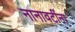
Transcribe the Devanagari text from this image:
नानावटींना